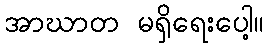
အာဃာတ မရှိရေးပေါ့။